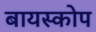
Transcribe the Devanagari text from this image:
बायस्कोप